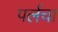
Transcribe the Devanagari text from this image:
पर्लचा